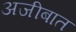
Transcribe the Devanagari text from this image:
अजीबात